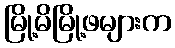
မြို့မိမြို့ဖများက